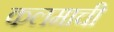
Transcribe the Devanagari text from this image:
कलमाची